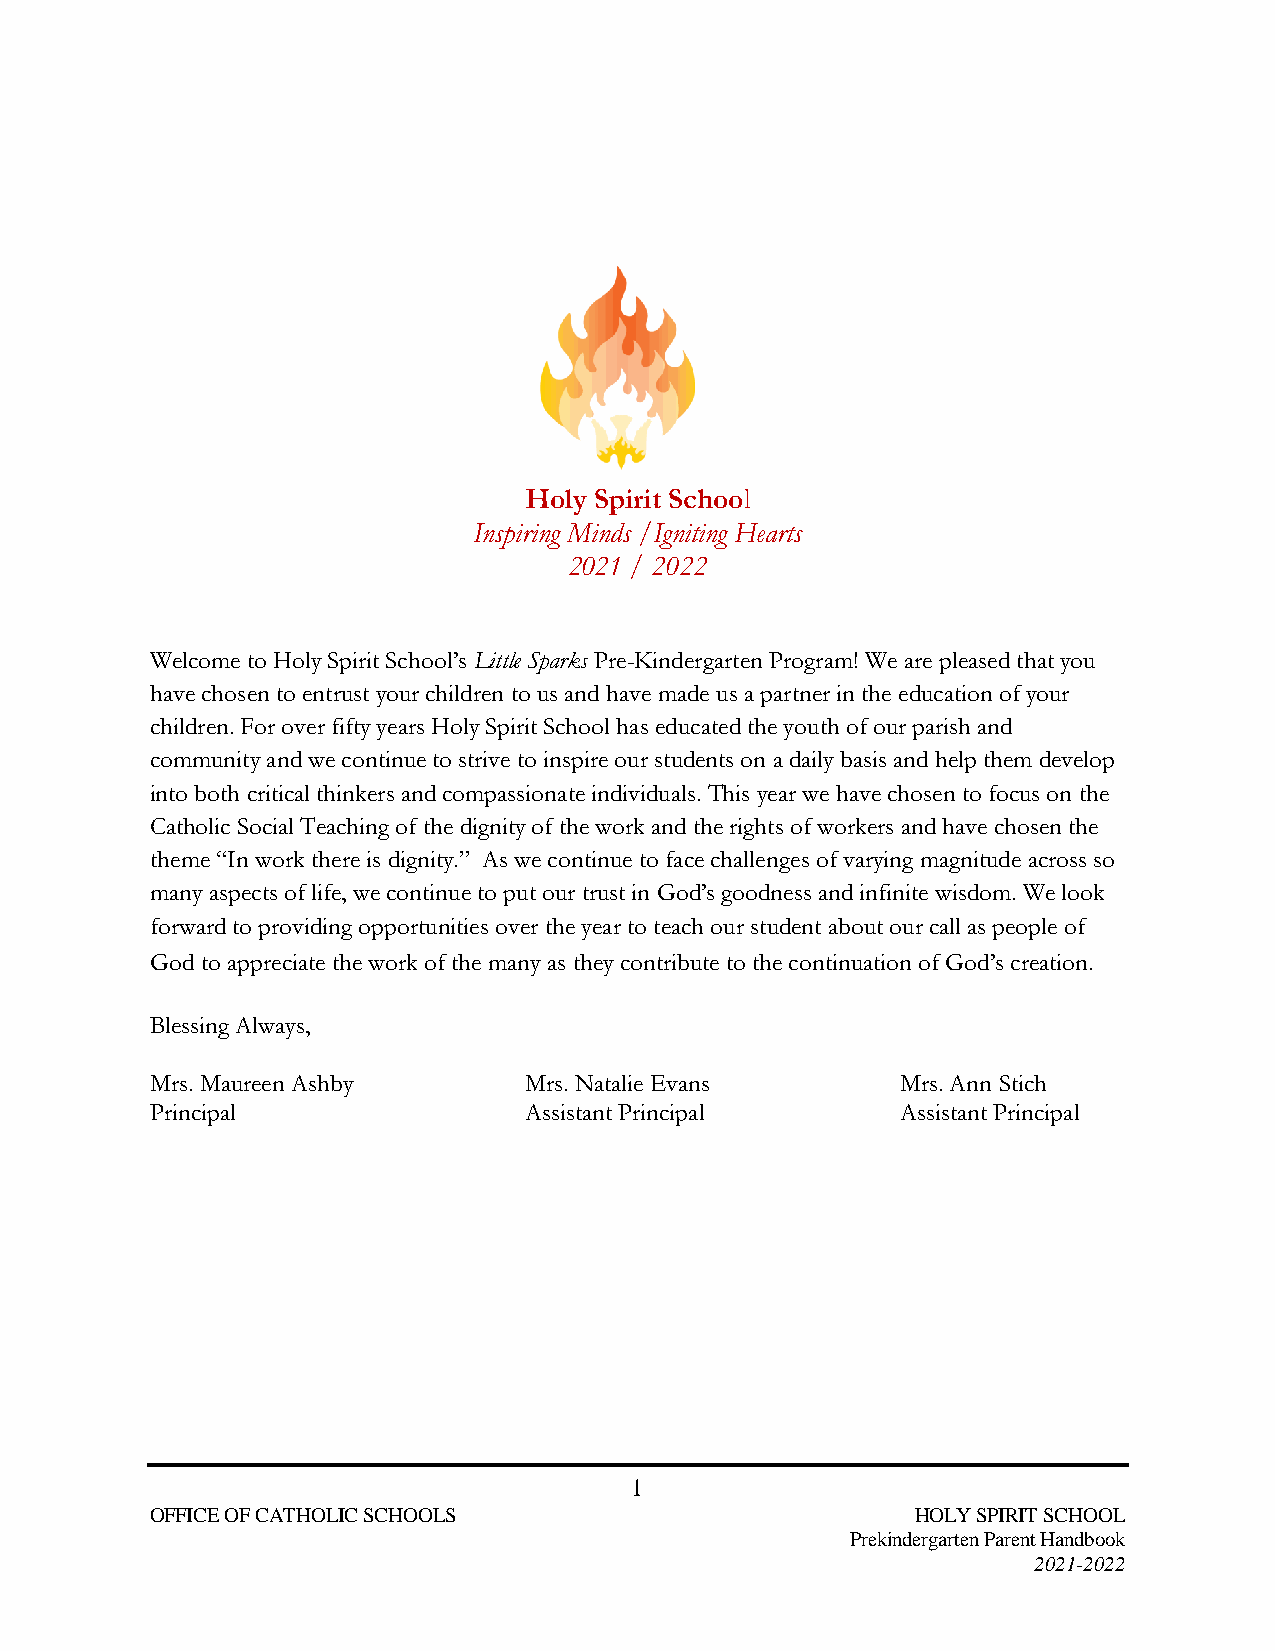
Holy Spirit School
 Inspiring Minds /Igniting Hearts
 2021 / 2022
 Welcome to Holy Spirit School’s Little Sparks Pre-Kindergarten Program! We are pleased that you
 have chosen to entrust your children to us and have made us a partner in the education of your
 children. For over fifty years Holy Spirit School has educated the youth of our parish and
 community and we continue to strive to inspire our students on a daily basis and help them develop
 into both critical thinkers and compassionate individuals. This year we have chosen to focus on the
 Catholic Social Teaching of the dignity of the work and the rights of workers and have chosen the
 theme “In work there is dignity.” As we continue to face challenges of varying magnitude across so
 many aspects of life, we continue to put our trust in God’s goodness and infinite wisdom. We look
 forward to providing opportunities over the year to teach our student about our call as people of
 God to appreciate the work of the many as they contribute to the continuation of God’s creation.
 Blessing Always,
 Mrs. Maureen Ashby       Mrs. Natalie Evans       Mrs. Ann Stich
 Principal                Assistant Principal      Assistant Principal
 1
 OFFICE OF CATHOLIC SCHOOLS                         HOLY SPIRIT SCHOOL
 Prekindergarten Parent Handbook
 2021-2022